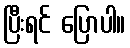
ပြီးရင် ပြောပါ။